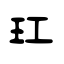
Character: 玒